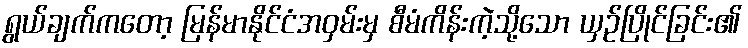
ရွယ်ချက်ကတော့ မြန်မာနိုင်ငံအဝှမ်းမှ စီမံကိန်းကဲ့သို့သော ယှဉ်ပြိုင်ခြင်း၏